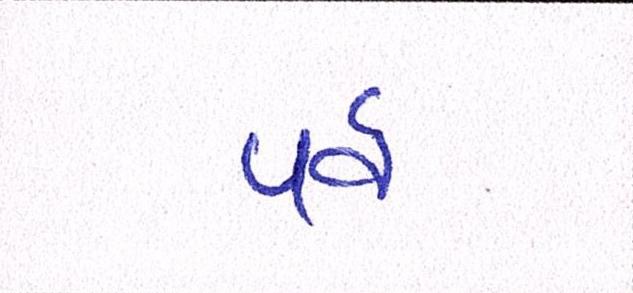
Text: પર્વ